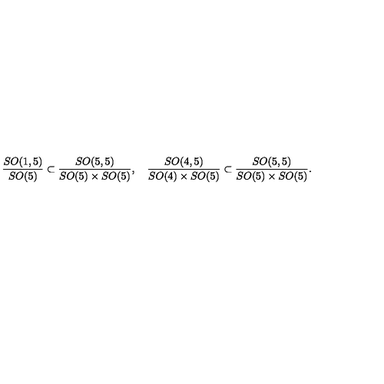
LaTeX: \frac { S O ( 1 , 5 ) } { S O ( 5 ) } \subset \frac { S O ( 5 , 5 ) } { S O ( 5 ) \times S O ( 5 ) } , \quad \frac { S O ( 4 , 5 ) } { S O ( 4 ) \times S O ( 5 ) } \subset \frac { S O ( 5 , 5 ) } { S O ( 5 ) \times S O ( 5 ) } .